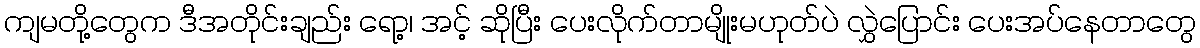
ကျမတို့တွေက ဒီအတိုင်းချည်း ရော့၊ အင့် ဆိုပြီး ပေးလိုက်တာမျိုးမဟုတ်ပဲ လွှဲပြောင်း ပေးအပ်နေတာတွေ